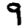
Digit: 9